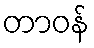
တာဝန်